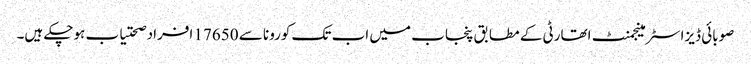
صوبائی ڈیزاسٹر مینجمنٹ اتھارٹی کے مطابق پنجاب میں اب تک کورونا سے 17650 افراد صحتیاب ہوچکے ہیں۔